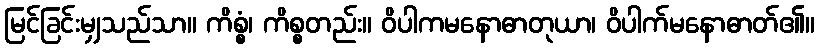
မြင်ခြင်းမျှသည်သာ။ ကိစ္စံ၊ ကိစ္စတည်း။ ဝိပါကမနောဓာတုယာ၊ ဝိပါက်မနောဓာတ်၏။